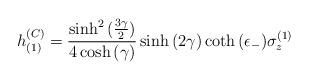
LaTeX: \begin{align*}h_{(1)}^{(C)}={{\sinh^2{({3 \gamma \over 2})}} \over {4 \cosh{(\gamma)}}}\sinh{(2 \gamma)}\coth{(\epsilon_-)} \sigma_z^{(1)}\end{align*}